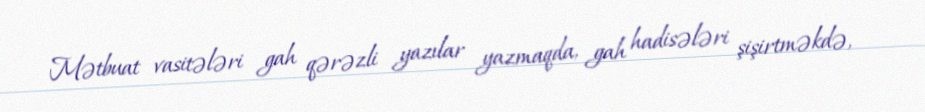
Mətbuat vasitələri gah qərəzli yazılar yazmaqda, gah hadisələri şişirtməkdə,